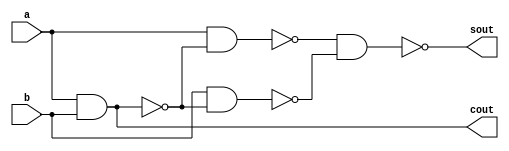
`timescale 1ns / 1ps

module ha_nand(
  input a, b,
  output sout, cout
    );
    wire [2:0]w;
    nand n0(w[0], a, b);
    nand n1(w[1], a, w[0]);
    nand n2(w[2], b, w[0]);
    nand n3(sout, w[1], w[2]);
    nand n4(cout, w[0], w[0]);
endmodule